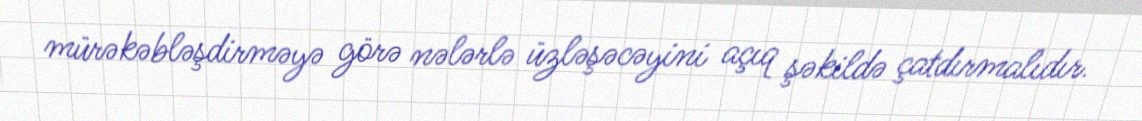
mürəkəbləşdirməyə görə nələrlə üzləşəcəyini açıq şəkildə çatdırmalıdır.